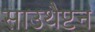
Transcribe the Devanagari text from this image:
साउथैप्टन